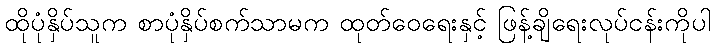
ထိုပုံနှိပ်သူက စာပုံနှိပ်စက်သာမက ထုတ်ဝေရေးနှင့် ဖြန့်ချိရေးလုပ်ငန်းကိုပါ